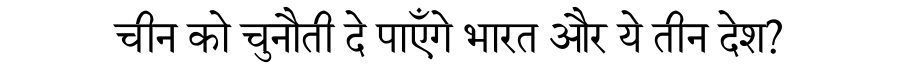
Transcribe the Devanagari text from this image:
चीन को चुनौती दे पाएँगे भारत और ये तीन देश?